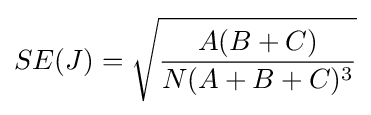
SE(J)={\sqrt {\frac {A(B+C)}{N(A+B+C)^{3}}}}